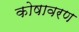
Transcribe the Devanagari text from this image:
कोषावरण